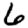
Digit: 6